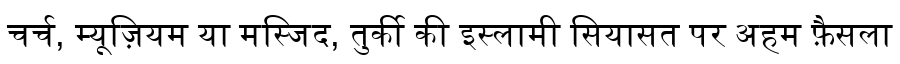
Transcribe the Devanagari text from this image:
चर्च, म्यूज़ियम या मस्जिद, तुर्की की इस्लामी सियासत पर अहम फ़ैसला